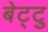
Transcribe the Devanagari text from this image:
बेट्टु